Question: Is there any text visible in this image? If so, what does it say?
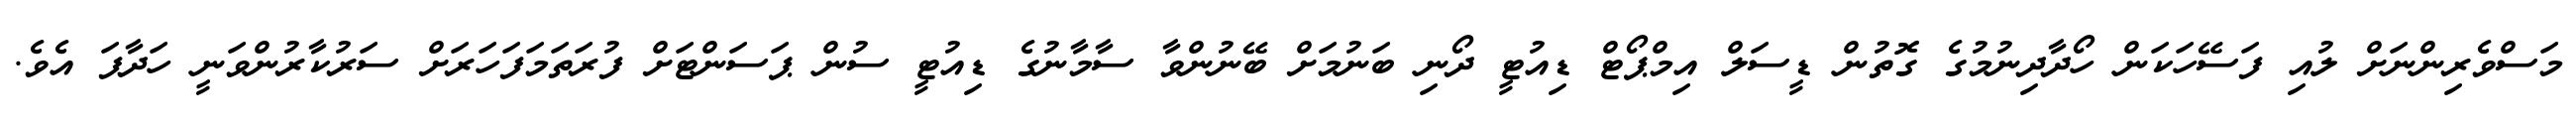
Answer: މަސްވެރިންނަށް ލުއި ފަސޭހަކަން ހޯދާދިނުމުގެ ގޮތުން ޑީސަލް އިމްޕޯޓް ޑިއުޓީ ދޯނި ބަނުމަށް ބޭނުންވާ ސާމާނުގެ ޑިއުޓީ ސުން ޕަސަންޓަށް ފުރަތަމަފަހަރަށް ސަރުކާރުންވަނީ ހަދާފަ އެވެ.